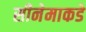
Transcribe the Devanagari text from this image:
सीनेमाकडे